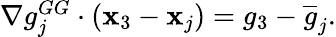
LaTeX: \begin{array}{r}{\nabla g_{j}^{GG}\cdot({\mathbf x}_{3}-{\mathbf x}_{j})={g}_{3}-\overline{{g}}_{j}.}\end{array}